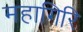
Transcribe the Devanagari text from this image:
महागिरि